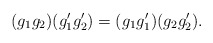
\begin{align*}(g_1 g_2)(g_1' g_2') = (g_1 g_1')(g_2 g_2') .\end{align*}